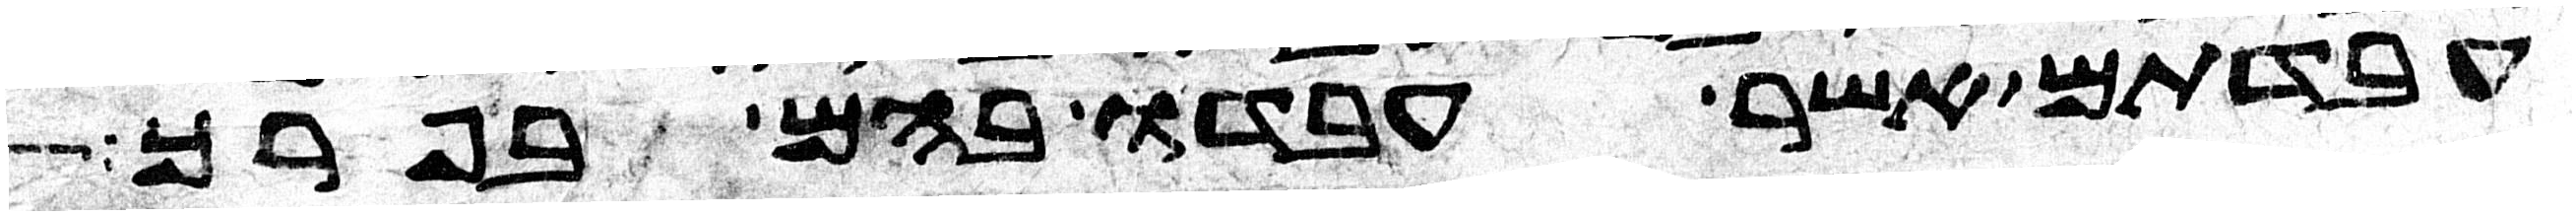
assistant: עבדתם אשר עבדו בהם בפרך